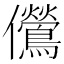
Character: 𫤔